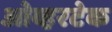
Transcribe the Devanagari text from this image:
ओव्हरटेक